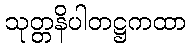
သုတ္တနိပါတဋ္ဌကထာ